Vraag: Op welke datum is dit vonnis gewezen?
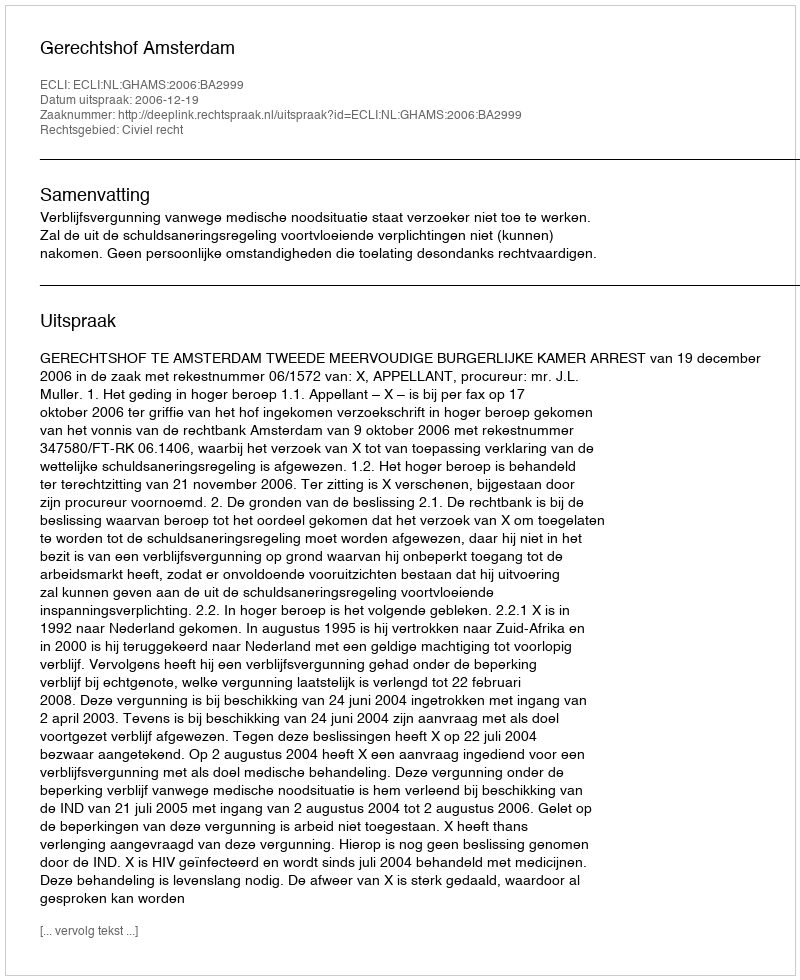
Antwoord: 2006-12-19